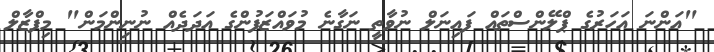
"އަންނަ އަހަރުގެ ޕްލޭންސްތައް ފައިނަލް ނުވާތީ ނަގާނެ މުވައްޒަފުންގެ އަދަދެއް ނުނިންމަން" މިފްޒާލް